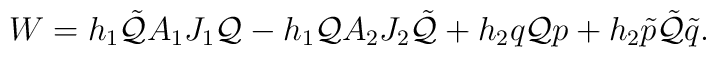
W = h_1\tilde{\cal Q}A_1 J_1{\cal Q} - h_1{\cal Q}A_2 J_2\tilde{\cal Q} + h_2q{\cal Q} p + h_2\tilde{p}\tilde{\cal Q}\tilde{q}.